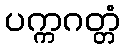
ပက္ကဂတ္တံ